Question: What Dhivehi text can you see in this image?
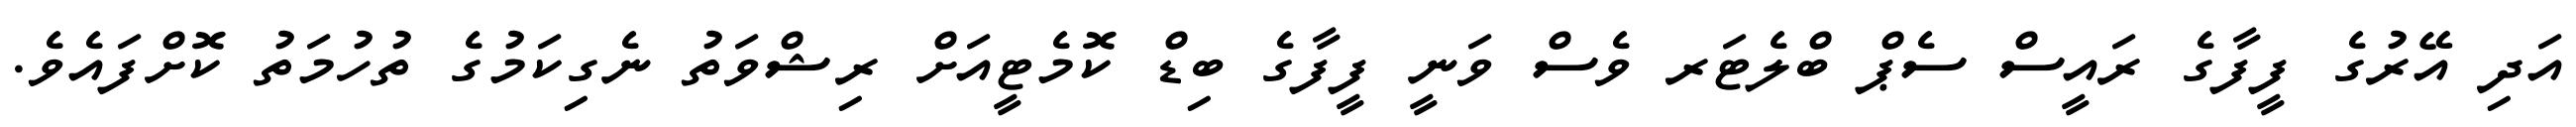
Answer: އަދި އޭރުގެ ފީފާގެ ރައީސް ސެޕް ބްލެޓަރ ވެސް ވަނީ ފީފާގެ ބިޑް ކޮމެޓީއަށް ރިޝްވަތު ނެގިކަމުގެ ތުހުމަތު ކޮށްފައެވެ.